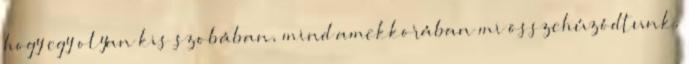
hogy egy olyan kis szobában, mind amekkorában mi összehúzódtunk,